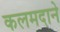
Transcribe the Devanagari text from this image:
कलमदाने